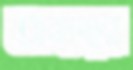
অন্যস্বর